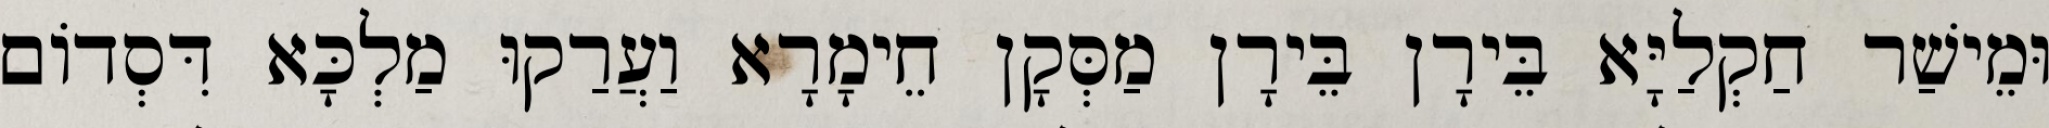
וּמֵישַׁר חַקְלַיָּא בֵּירָן בֵּירָן מַסְּקָן חֵימָרָא וַעֲרַקוּ מַלְכָּא דִּסְדוֹם